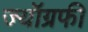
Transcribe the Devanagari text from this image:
ज्यॉग्रफी